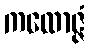
ကထောဇ္ဇံ